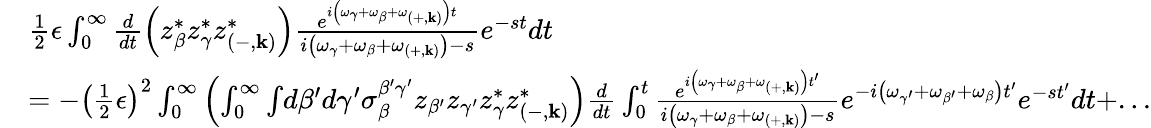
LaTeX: \begin{array}{rl}&{\frac{1}{2}\epsilon\int_{0}^{\infty}\frac{d}{dt}\left(z_{\beta}^{*}z_{\gamma}^{*}z_{\left(-,\mathbf{k}\right)}^{*}\right)\frac{e^{i\left(\omega_{\gamma}+\omega_{\beta}+\omega_{\left(+,\mathbf{k}\right)}\right)t}}{i\left(\omega_{\gamma}+\omega_{\beta}+\omega_{\left(+,\mathbf{k}\right)}\right)-s}e^{-st}dt}\\ &{=-\left(\frac{1}{2}\epsilon\right)^{2}\int_{0}^{\infty}\left(\int_{0}^{\infty}\int\! d\beta^{\prime}d\gamma^{\prime}\sigma_{\beta}^{\beta^{\prime}\gamma^{\prime}}z_{\beta^{\prime}}z_{\gamma^{\prime}}z_{\gamma}^{*}z_{\left(-,\mathbf{k}\right)}^{*}\right)\frac{d}{dt}\int_{0}^{t}\frac{e^{i\left(\omega_{\gamma}+\omega_{\beta}+\omega_{\left(+,\mathbf{k}\right)}\right)t^{\prime}}}{i\left(\omega_{\gamma}+\omega_{\beta}+\omega_{\left(+,\mathbf{k}\right)}\right)-s}e^{-i\left(\omega_{\gamma^{\prime}}+\omega_{\beta^{\prime}}+\omega_{\beta}\right)t^{\prime}}e^{-st^{\prime}}dt+...}\end{array}